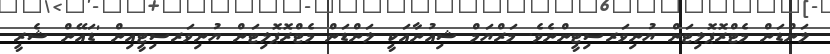
ލަންޑަން މެޓްރޮޕޮލިޓަން ޔުނިވަރސިޓީންނެވެ. މަރްޔަމް ޝިއުނާއަކީ ލަންޑަން މެޓްރޮޕޮލިޓަން ޔުނިވަރސިޓީއިން 'ޑައޭން ޝެރީ